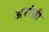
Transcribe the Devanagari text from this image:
अरांज़ी